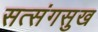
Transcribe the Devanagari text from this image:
सत्संगसुख